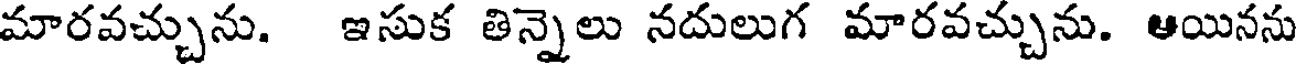
మారవచ్చును. ఇసుక తిన్నెలు నదులుగ మారవచ్చును. ఆయినను